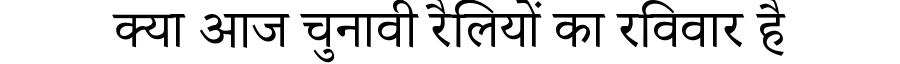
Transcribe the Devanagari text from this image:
क्या आज चुनावी रैलियों का रविवार है